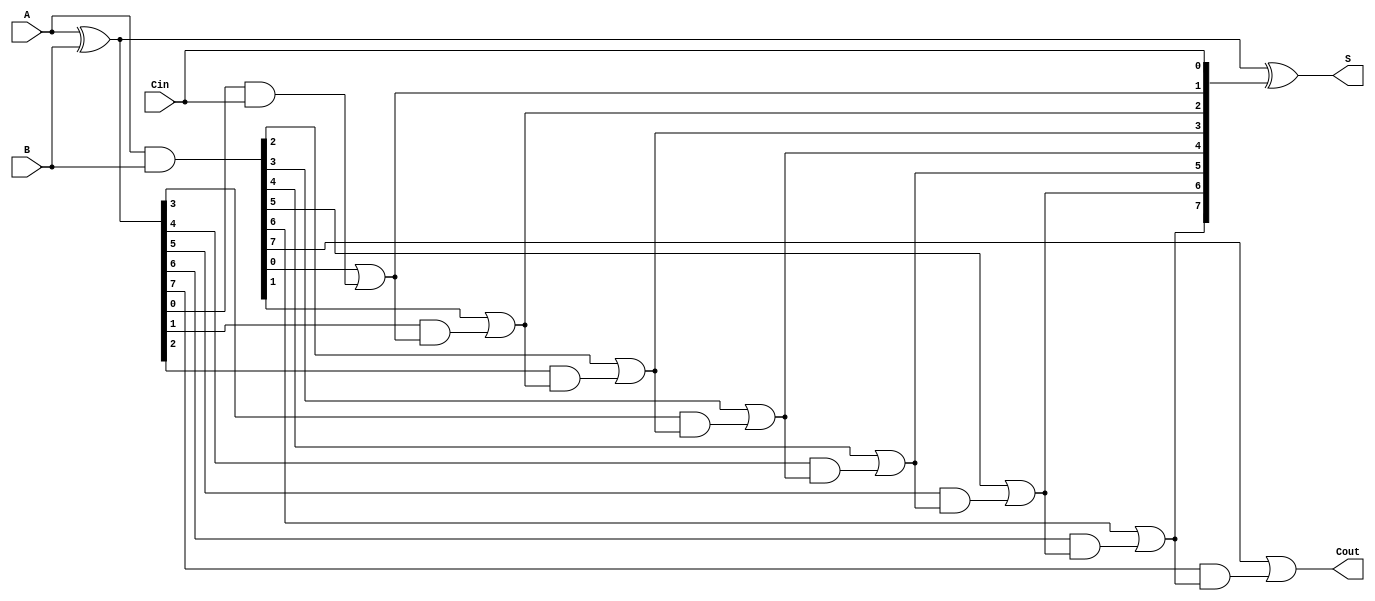
module Sklansky_Adder #(
    parameter N = 8  // Width of the adder
) (
    input  [N-1:0] A,      // First operand
    input  [N-1:0] B,      // Second operand
    input         Cin,      // Carry-in
    output [N-1:0] S,      // Sum output
    output        Cout      // Carry-out
);

    wire [N-1:0] G;  // Generate signals
    wire [N-1:0] P;  // Propagate signals
    wire [N:0] C;    // Carry signals

    // Generate and propagate signals
    assign G = A & B;
    assign P = A ^ B;

    // Carry generation
    assign C[0] = Cin;  // Initial carry
    genvar i;
    generate
        for (i = 1; i <= N; i = i + 1) begin : carry_generation
            assign C[i] = G[i-1] | (P[i-1] & C[i-1]);
        end
    endgenerate

    // Sum calculation
    assign S = A ^ B ^ C[N-1:0];  // S[i] = A[i] ^ B[i] ^ C[i]

    // Final carry-out
    assign Cout = C[N];

endmodule